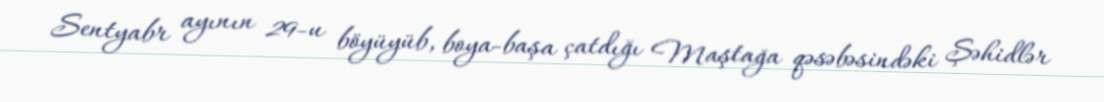
Sentyabr ayının 29-u böyüyüb, boya-başa çatdığı Maştağa qəsəbəsindəki Şəhidlər